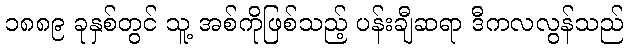
၁၈၈၉ ခုနှစ်တွင် သူ့ အစ်ကိုဖြစ်သည့် ပန်းချီဆရာ ဒီကလလွန်သည်